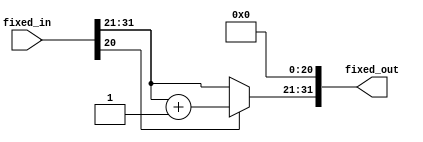
// round.v - Reed Foster
// rounds a fixed point number to nearest integer

module round
    #( // parameters
        parameter INT_WIDTH = 11,
        parameter FRAC_WIDTH = 21
    )( // ports
        input [INT_WIDTH+FRAC_WIDTH-1:0] fixed_in,
        output [INT_WIDTH+FRAC_WIDTH-1:0] fixed_out
    );

    wire [INT_WIDTH-1:0] rounded_integer;
    wire [INT_WIDTH-1:0] integer_part = fixed_in[INT_WIDTH+FRAC_WIDTH-1:FRAC_WIDTH];
    assign rounded_integer = fixed_in[FRAC_WIDTH-1] ? integer_part + 1 : integer_part;
    
    wire [FRAC_WIDTH-1:0] fraction_part = 0;
    assign fixed_out = {rounded_integer, fraction_part};

endmodule